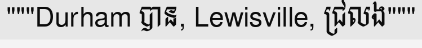
"""Durham បាន, Lewisville, ជ្រលង"""